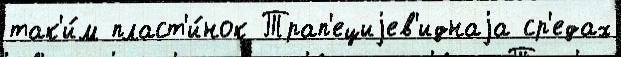
так'и́м пласт'и́нок Трап'ециjев'иднаjа ср'едах